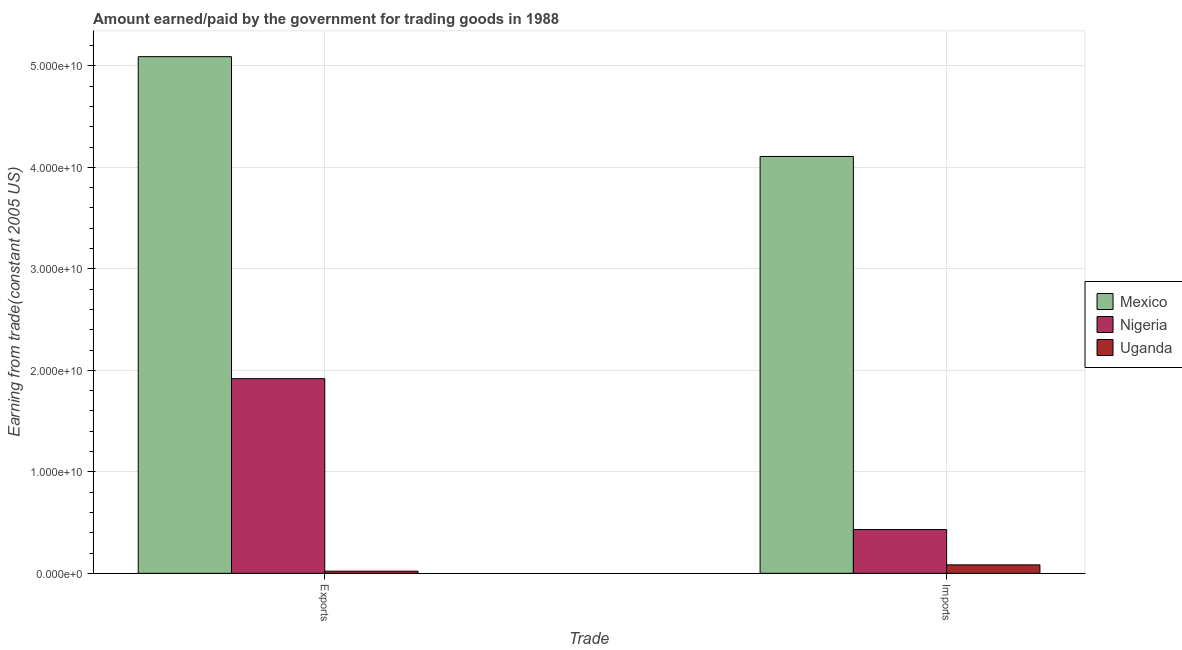
| Trade | Mexico | Nigeria | Uganda |
 | --- | --- | --- | --- |
 | Exports | 5.09e+10 | 1.92e+10 | 2.13e+08 |
 | Imports | 4.11e+10 | 4.31e+09 | 8.35e+08 |